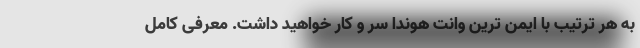
به هر ترتیب با ایمن ترین وانت هوندا سر و کار خواهید داشت. معرفی کامل